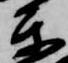
楽